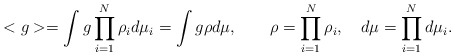
\begin{align*}< g > = \int g \prod_{i=1}^N \rho_i d\mu_i=\int g \rho d\mu,\quad\quad \rho=\prod_{i=1}^N\rho_i,\quad d\mu =\prod_{i=1}^Nd\mu_i.\end{align*}